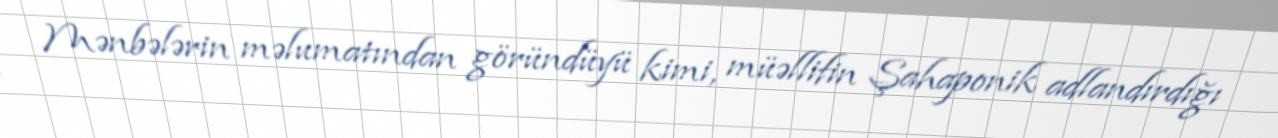
Mənbələrin məlumatından göründüyü kimi, müəllifin Şahaponik adlandırdığı